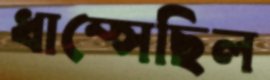
ধাম্‌সেছিল